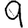
Digit: 9